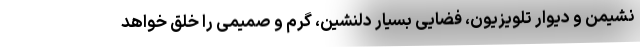
نشیمن و دیوار تلویزیون، فضایی بسیار دلنشین، گرم و صمیمی را خلق خواهد